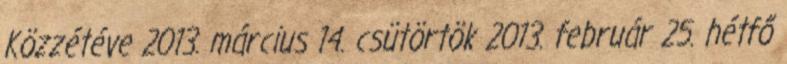
Közzétéve 2013. március 14. csütörtök 2013. február 25. hétfő